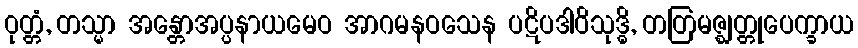
ဝုတ္တံ, တသ္မာ အန္တောအပ္ပနာယမေဝ အာဂမနဝသေန ပဋိပဒါဝိသုဒ္ဓိ, တတြမဇ္ဈတ္တုပေက္ခာယ